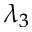
\lambda _ { 3 }